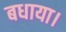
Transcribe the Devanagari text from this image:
बधाया।